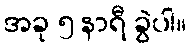
အခု ၅ နာရီ ခွဲပါ။